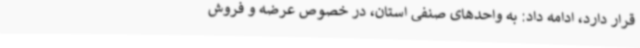
قرار دارد، ادامه داد: به واحدهای صنفی استان، در خصوص عرضه و فروش